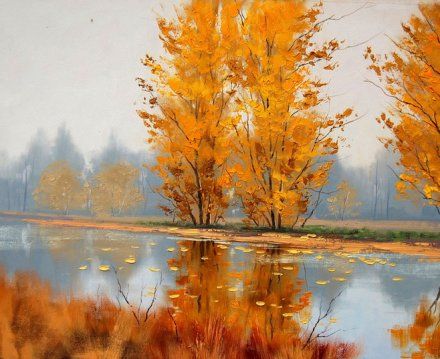
秋风清，秋月明，落叶聚还散，寒鸦栖复惊。